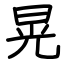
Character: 晃